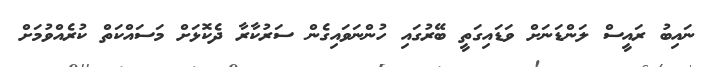
ނައިބު ރައީސް ލަންޑަނަށް ވަޑައިގަތީ ބޭރުގައި ހުންނަވައިގެން ސަރުކާރާ ދެކޮޅަށް މަސައްކަތް ކުރެއްވުމަށް